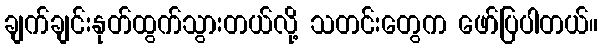
ချက်ချင်းနုတ်ထွက်သွားတယ်လို့ သတင်းတွေက ဖော်ပြပါတယ်။